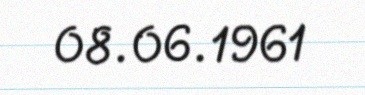
08.06.1961